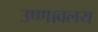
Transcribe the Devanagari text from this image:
उष्णावलय